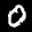
Label: 0